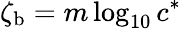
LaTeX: {\zeta_{\mathrm{b}}}={m}\log_{10}{{c}^{*}}